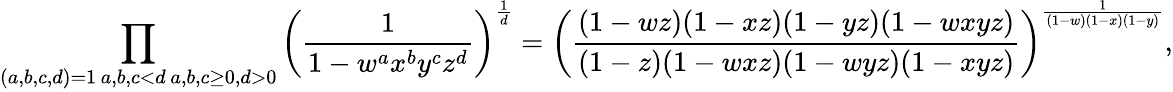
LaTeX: \prod_{\substack{(a,b,c,d)=1\, a,b,c<d\, a,b,c\geq 0,d>0}}\left(\frac{1}{1-w^{a}x^{b}y^{c}z^{d}}\right)^{\frac{1}{d}}=\left(\frac{(1-wz)(1-xz)(1-yz)(1-wxyz)}{(1-z)(1-wxz)(1-wyz)(1-xyz)}\right)^{\frac{1}{(1-w)(1-x)(1-y)}},